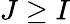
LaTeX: J\geq I